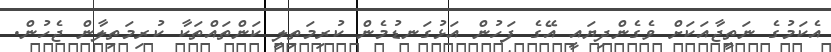
އެކަމުގެ ނަތީޖާއަކަށް ވެގެންދިޔައީ އޭގެ ފަހުން އަޅުގަނޑުމެން ކުރިމަތިލީ ކަންތައްތަކާ ކުރިމަތިލާން ޖެހުން.